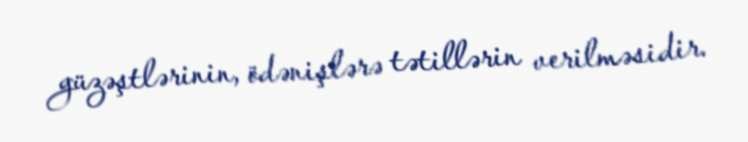
güzəştlərinin, ödənişlərə tətillərin verilməsidir.